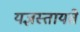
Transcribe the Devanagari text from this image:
यज्ञस्तायते